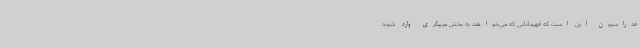
فدراسیون این است که قهرمانانی که می‌خواهند به بخش مربیگری وارد شوند